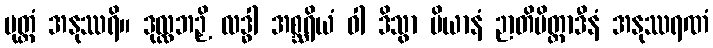
ပုတ္တံ အနုဿရိ။ ဒုလ္လဘဉှိ လဒ္ဓါ အစ္ဆရိယံ ဝါ ဒိသွာ ပိယာနံ ဉာတိမိတ္တာဒီနံ အနုဿရဏံ